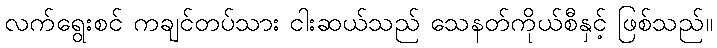
လက်ရွေးစင် ကချင်တပ်သား ငါးဆယ်သည် သေနတ်ကိုယ်စီနှင့် ဖြစ်သည်။